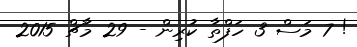
! 7 މަސް 3 ހަފްތާ ކުރިން - 29 މާޗް 2015